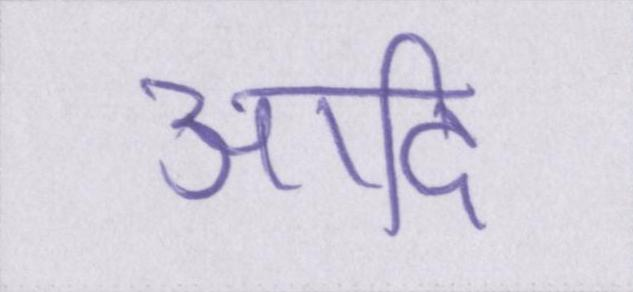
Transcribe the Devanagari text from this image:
आदि